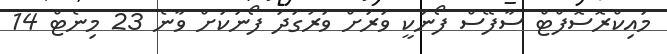
މައިކްރޮސޮފްޓް ސާފޭސް ފޯނަކީ ވަރަށް ވަރުގަދަ ފޯނަކަށް ވާނެ 23 މިނެޓް 14